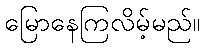
မြောနေကြလိမ့်မည်။